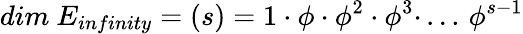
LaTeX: dim~E_{infinity}=(s)=1\cdot\phi\cdot\phi^{2}\cdot\phi^{3}\cdot\, ...\, \phi^{s-1}